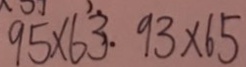
9 5 \times 6 3 . 9 3 \times 6 5